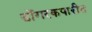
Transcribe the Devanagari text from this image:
डोंगरकपारीत